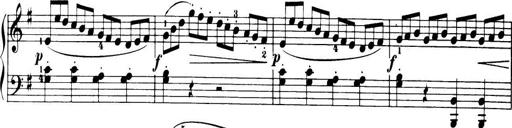
Title: 32 Sonatinas and Rondos for the Piano
Composer: Richard Kleinmichel